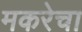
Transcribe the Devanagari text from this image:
मकरेचा